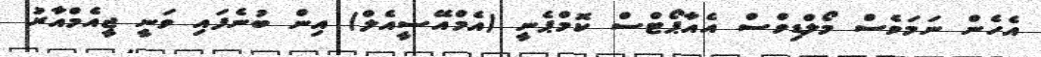
އެހެން ނަމަވެސް މޯލްޑިވްސް އެއާޕޯޓްސް ކޮމްޕެނީ (އެމްއޭސީއެލް) އިން ބުނެފައި ވަނީ ޖީއެމްއާރު